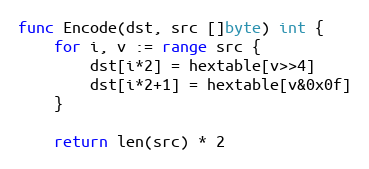
Language: Go
func Encode(dst, src []byte) int {
	for i, v := range src {
		dst[i*2] = hextable[v>>4]
		dst[i*2+1] = hextable[v&0x0f]
	}

	return len(src) * 2